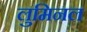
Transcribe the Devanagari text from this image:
लुमिनल